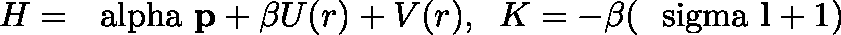
H = \mathrm { \boldmath ~ \ a l p h a ~ } { \bf p } + \beta U ( r ) + V ( r ) , \; \; K = - \beta ( \mathrm { \boldmath ~ \ s i g m a ~ } { \bf l } + 1 )